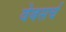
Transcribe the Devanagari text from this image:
वेबसर्च